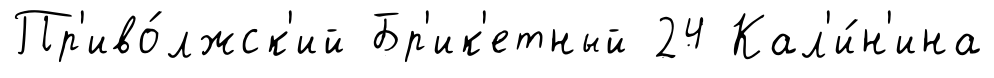
Пр'иво́лжск'ий Бр'ик'етный 24 Кал'и́н'ина